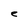
Character: e